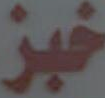
خبز